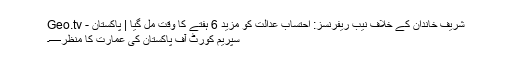
شریف خاندان کے خلاف نیب ریفرنسز: احتساب عدالت کو مزید 6 ہفتے کا وقت مل گیا | پاکستان - Geo.tv
سپریم کورٹ آف پاکستان کی عمارت کا منظر—۔